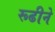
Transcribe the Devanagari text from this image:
रूढीने